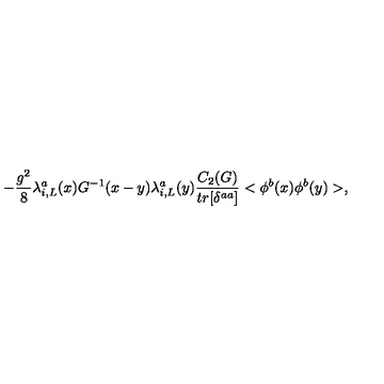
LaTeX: - \frac { g ^ { 2 } } { 8 } \lambda _ { i , L } ^ { a } ( x ) G ^ { - 1 } ( x - y ) \lambda _ { i , L } ^ { a } ( y ) \frac { C _ { 2 } ( G ) } { t r [ \delta ^ { a a } ] } < \phi ^ { b } ( x ) \phi ^ { b } ( y ) > ,